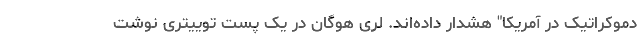
دموکراتیک در آمریکا" هشدار داده‌اند. لری هوگان در یک پست توییتری نوشت